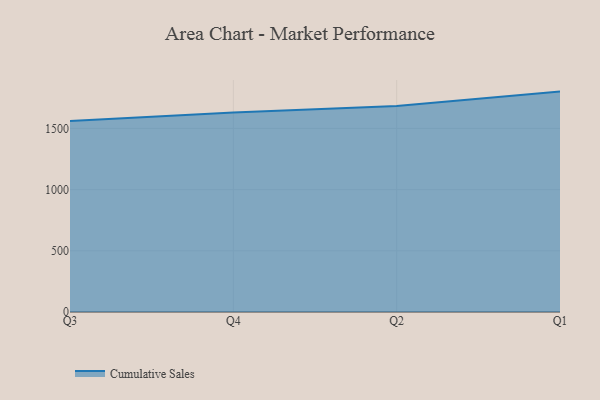
{"axis": {"x": "Quarter", "y": "Shipments"}, "legend": ["Cumulative Sales"], "data": [{"x": "Q3", "y": 1561.1, "type": "Cumulative Sales"}, {"x": "Q4", "y": 1630.7, "type": "Cumulative Sales"}, {"x": "Q2", "y": 1682.8, "type": "Cumulative Sales"}, {"x": "Q1", "y": 1801.2, "type": "Cumulative Sales"}]}